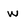
Character: w